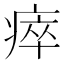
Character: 瘁